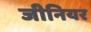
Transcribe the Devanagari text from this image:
जीनियर